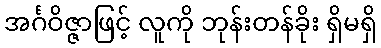
အင်္ဂဝိဇ္ဇာဖြင့် လူကို ဘုန်းတန်ခိုး ရှိမရှိ